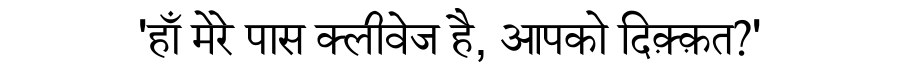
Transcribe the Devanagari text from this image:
'हाँ मेरे पास क्लीवेज है, आपको दिक़्क़त?'